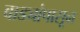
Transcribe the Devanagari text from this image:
वाड्यांपासून